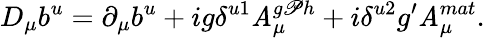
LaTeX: D_{\mu}b^{u}=\partial_{\mu}b^{u}+ig\delta^{u1}\mathit{A}_{\mu}^{g\mathscr{P}h}+i\delta^{u2}g^{\prime}\mathit{A}_{\mu}^{mat}.